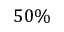
5 0 \%